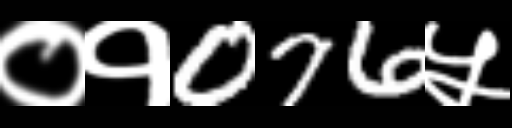
Text: ०१076५